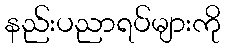
နည်းပညာရပ်များကို